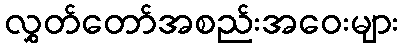
လွှတ်တော်အစည်းအဝေးများ